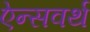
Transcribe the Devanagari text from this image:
ऐन्सवर्थ